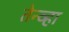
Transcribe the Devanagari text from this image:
तेन्व्हा